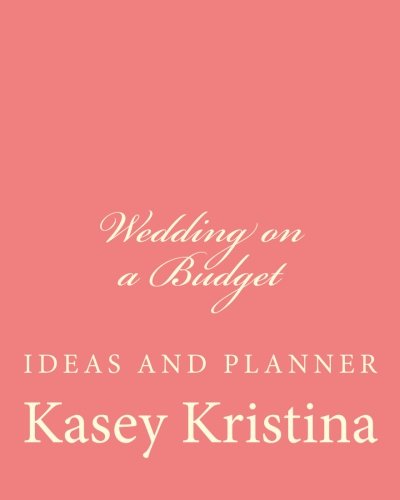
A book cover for Wedding on a Budget: Ideas and Budget Planner; Kasey Kristina; Crafts, Hobbies & Home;